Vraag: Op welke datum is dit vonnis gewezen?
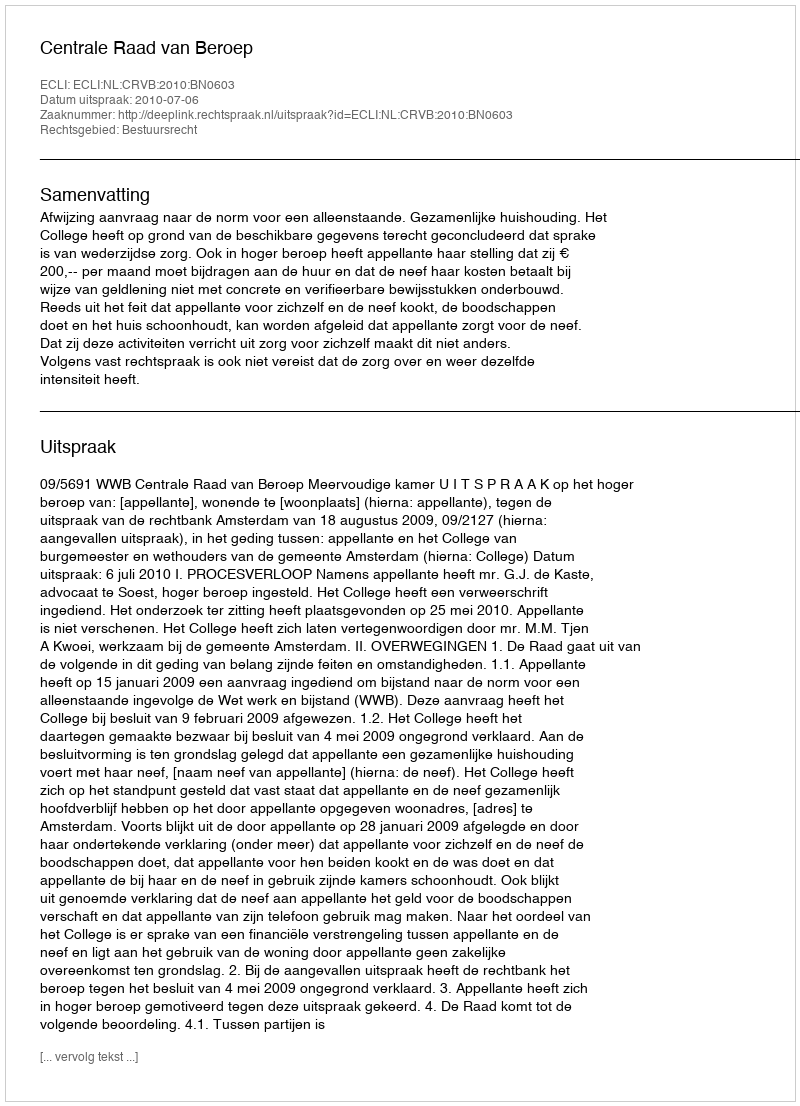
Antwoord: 2010-07-06